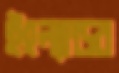
ইংল্যান্ডর